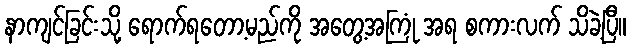
နာကျင်ခြင်းသို့ ရောက်ရတော့မည်ကို အတွေ့အကြုံ အရ စကားလက် သိခဲ့ပြီ။